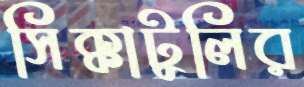
সিক্কাটুলির